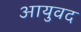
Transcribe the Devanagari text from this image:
आयुवद